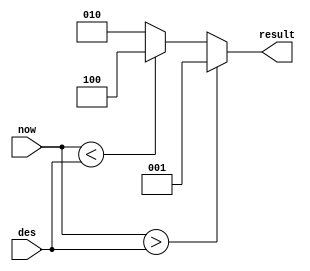
module comparator(now,des,result);
    input [2:0] now;//?
    input [2:0] des;//?

    output reg [2:0] result;
    
    always @ (now or des)
    begin
        if(now>des)
            result=3'b001;
        else if(now<des)
            result=3'b100;
        else
            result=3'b010;
    end

endmodule